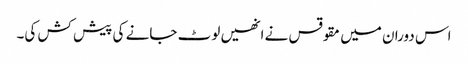
اس دوران میں مقوقس نے انھیں لوٹ جانے کی پیش کش کی۔